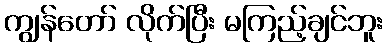
ကျွန်တော် လိုက်ပြီး မကြည့်ချင်ဘူး